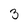
Character: 3